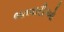
ભતવારીઓ